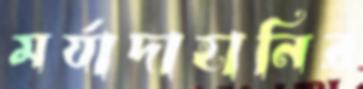
মর্যাদাহানির